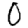
Digit: 0